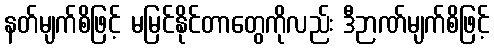
နတ်မျက်စိဖြင့် မမြင်နိုင်တာတွေကိုလည်း ဒီဉာဏ်မျက်စိဖြင့်